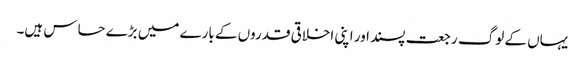
یہاں کے لوگ رجعت پسند اور اپنی اخلاقی قدروں کے بارے میں بڑے حساس ہیں۔